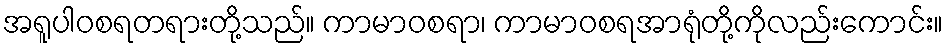
အရူပါဝစရတရားတို့သည်။ ကာမာဝစရာ၊ ကာမာဝစရအာရုံတို့ကိုလည်းကောင်း။